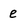
Character: e